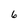
Character: 6